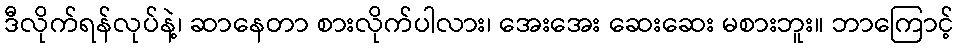
ဒီလိုက်ရန်လုပ်နဲ့၊ ဆာနေတာ စားလိုက်ပါလား၊ အေးအေး ဆေးဆေး မစားဘူး။ ဘာကြောင့်